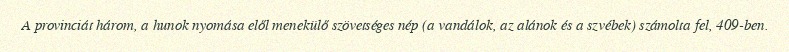
A provinciát három, a hunok nyomása elől menekülő szövetséges nép (a vandálok, az alánok és a szvébek) számolta fel, 409-ben.